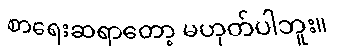
စာရေးဆရာတော့ မဟုတ်ပါဘူး။